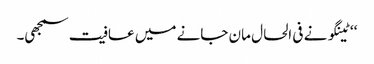
‘‘ ٹینگو نے فی الحال مان جانے میں عافیت سمجھی۔